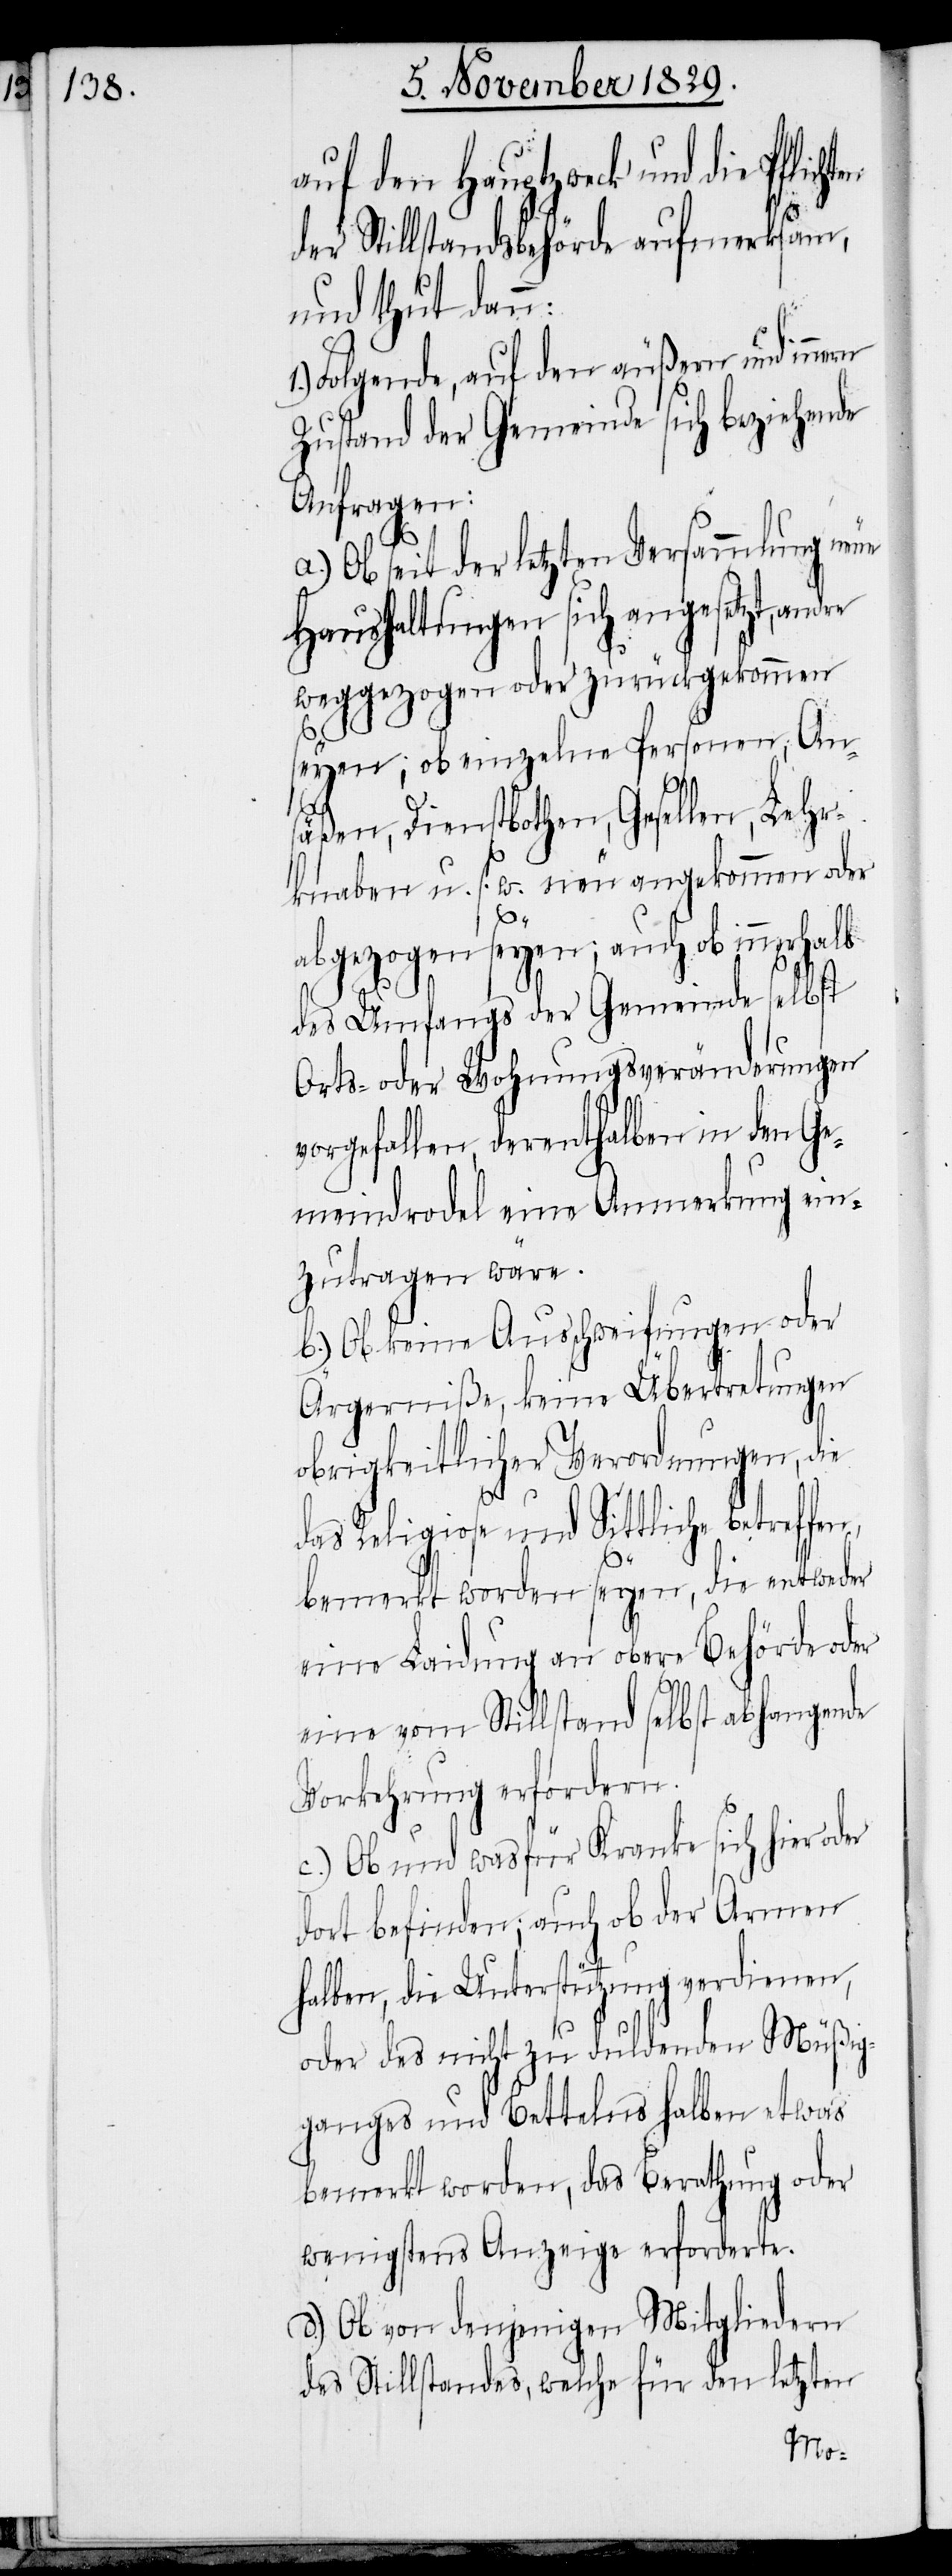
auf den Hauptzweck und die Pflich¬
der Stillstandsbehörde aufmerksam,
und thut dann:
Folgende, auf den äußern und innern
Zustand der Gemeinde sich beziehende
Anfragen:
a.) Ob seit der letzten Versammlung neue
Haushaltungen sich angesetzt, andre
weggezogen oder zurückgenommen
ten
seyen; ob einzelne Personen, An¬
säßen, Dienstbothen, Gesellen, Lehr¬
knaben u. s. w. neu angekommen oder
abgezogen seyen; auch ob innerhalb
des Umfangs der Gemeinde selbst
Orts- oder Wohnungsveränderungen
vorgefallen, derenthalben in den Ge¬
meindrodel eine Anmerkung ein¬
zutragen wäre.
b.) Ob keine Ausschweifungen oder
Ärgerniße, keine Übertretungen
obrigkeitlicher Verordnungen, die
1.)
das Religiose und Sittliche betreffen,
bemerkt worden seyen, die entweder
eine Laidung an obere Behörde oder
eine vom Stillstand selbst abhangende
Vorkehrung erfordern.
c.) Ob und wasfür Kranke sich hier oder
dort befinden; auch ob der Armen
halben, die Unterstützung verdienen,
oder des nicht zu duldenden Müßig¬
ganges und Bettelns halben etwas
bemerkt worden, das Berathung oder
wenigstens Anzeige erforderte.
d.) Ob von denjenigen Mitgliedern
des Stillstandes, welche für den letzten